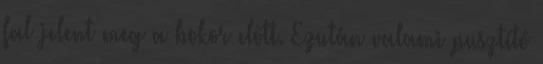
fal jelent meg a bokor előtt. Ezután valami pusztító